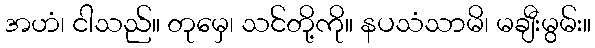
အဟံ၊ ငါသည်။ တုမှေ၊ သင်တို့ကို။ နပသံသာမိ၊ မချီးမွမ်း။